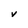
Character: V